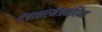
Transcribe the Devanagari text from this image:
पंचाक्षरमंत्रमहिमा